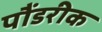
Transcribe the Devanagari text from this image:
पौंडरीक